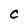
Character: C